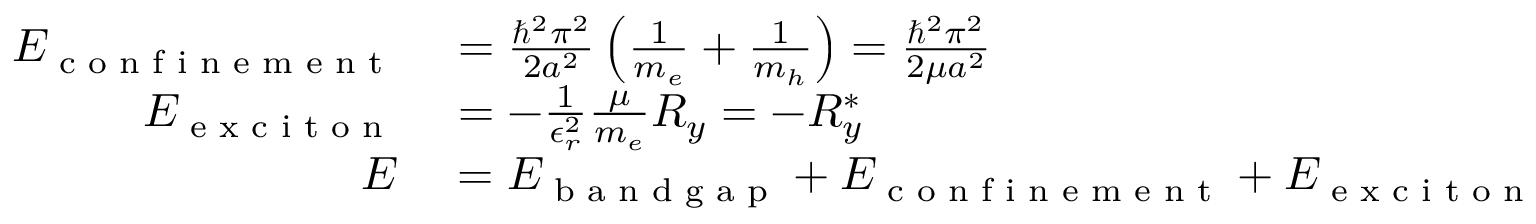
\begin{array} { r l } { E _ { \textrm { c o n f i n e m e n t } } } & { { } = { \frac { \hbar ^ { 2 } \pi ^ { 2 } } { 2 a ^ { 2 } } } \left( { \frac { 1 } { m _ { e } } } + { \frac { 1 } { m _ { h } } } \right) = { \frac { \hbar ^ { 2 } \pi ^ { 2 } } { 2 \mu a ^ { 2 } } } } \\ { E _ { \textrm { e x c i t o n } } } & { { } = - { \frac { 1 } { \epsilon _ { r } ^ { 2 } } } { \frac { \mu } { m _ { e } } } R _ { y } = - R _ { y } ^ { * } } \\ { E } & { { } = E _ { \textrm { b a n d g a p } } + E _ { \textrm { c o n f i n e m e n t } } + E _ { \textrm { e x c i t o n } } } \end{array}